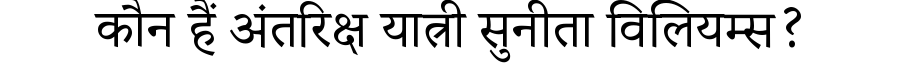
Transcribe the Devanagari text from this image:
कौन हैं अंतरिक्ष यात्री सुनीता विलियम्स?